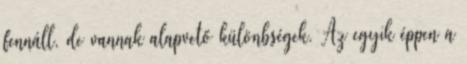
fennáll, de vannak alapvető különbségek. Az egyik éppen a